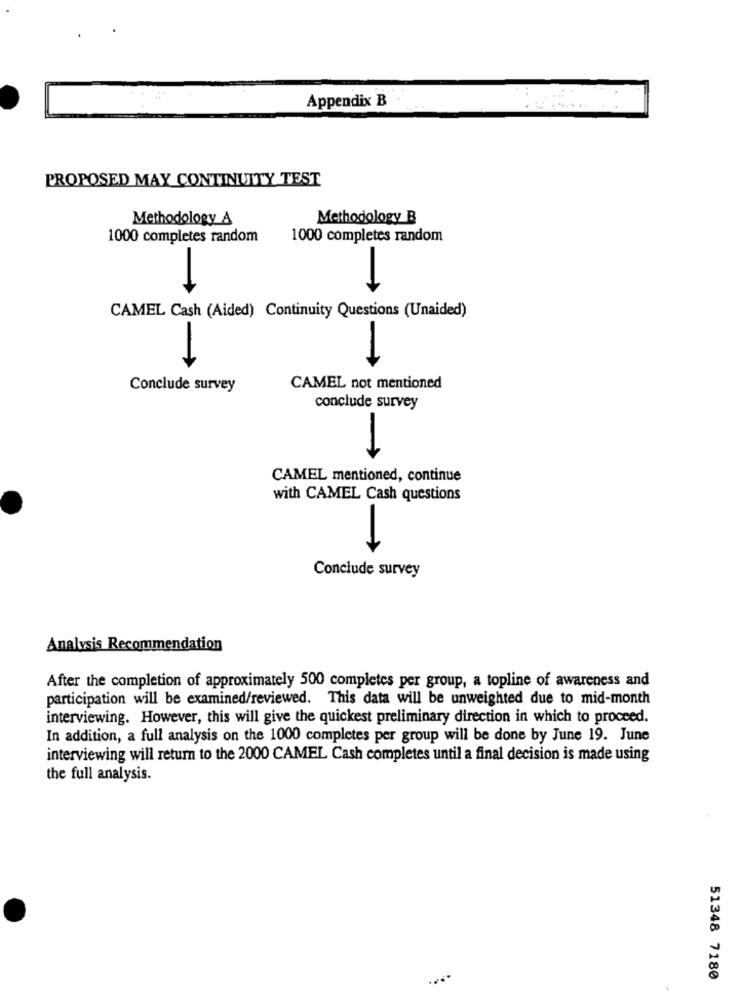
Appendix B
PROPOSED MAY CONTINUITY TEST
Methodology A
Methodology B
1000 completes random
1000 completes random
CAMEL Cash (Aided) Continuity Questions (Unaided)
Conclude survey
CAMEL not mentioned
conclude survey
CAMEL mentioned, continue
with CAMEL Cash questions
Conclude survey
Analysis Recommendation
After the completion of approximately 500 completes per group, a topline of awareness and
participation will be examined/reviewed. This data will be unweighted due to mid-month
interviewing. However, this will give the quickest preliminary direction in which to proceed.
In addition, a full analysis on the 1000 completes per group will be done by June 19. June
interviewing will return to the 2000 CAMEL Cash completes until a final decision is made using
the full analysis.
51348 7180